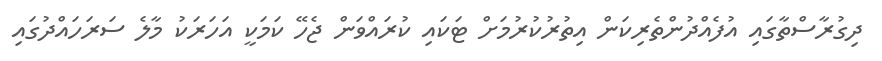
ދިގުރާސްތާގައި އުފެއްދުންތެރިކަން އިތުރުކުރުމަށް ޓަކައި ކުރައްވަން ޖެހޭ ކަމަކީ އަހަރަކު މާލެ ސަރަހައްދުގައި